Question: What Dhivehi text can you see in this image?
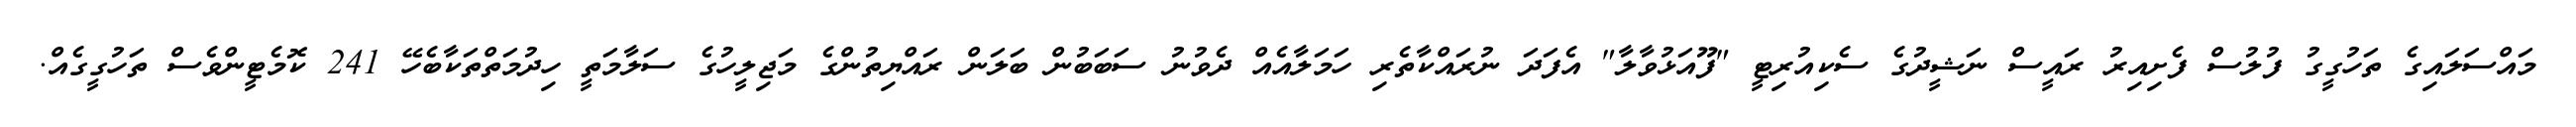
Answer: މައްސަލައިގެ ތަހުގީގު ފުލުސް ފެށިއިރު ރައީސް ނަޝީދުގެ ސެކިއުރިޓީ "ފޫއަޅުވާލާ" އެފަދަ ނުރައްކާތެރި ހަމަލާއެއް ދެވުނު ސަބަބުން ބަލަން ރައްޔިތުންގެ މަޖިލީހުގެ ސަލާމަތީ ހިދުމަތްތަކާބެހޭ 241 ކޮމެޓީންވެސް ތަހުގީގެއް.